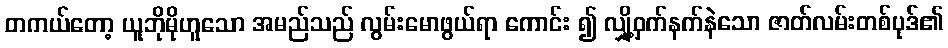
တကယ်တော့ ယူဘိုမိုဟူသော အမည်သည် လွမ်းမောဖွယ်ရာ ကောင်း ၍ လျှို့ဝှက်နက်နဲသော ဇာတ်လမ်းတစ်ပုဒ်၏